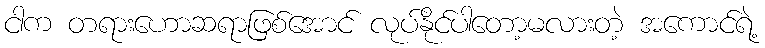
ငါက တရားဟောဆရာဖြစ်အောင် လုပ်နိုင်ပါတော့မလားတဲ့ အကောင်ရဲ့